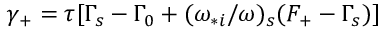
\gamma _ { + } = \tau [ \Gamma _ { s } - \Gamma _ { 0 } + ( \omega _ { * i } / \omega ) _ { s } ( F _ { + } - \Gamma _ { s } ) ]